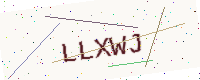
Text: LLXWJ